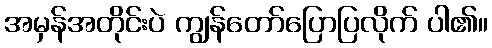
အမှန်အတိုင်းပဲ ကျွန်တော်ပြောပြလိုက် ပါ၏။